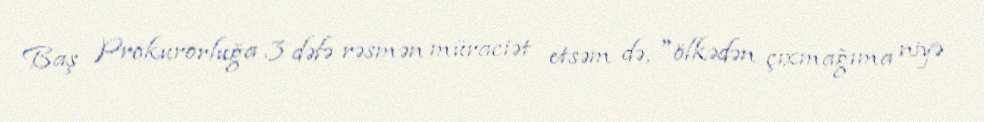
Baş Prokurorluğa 3 dəfə rəsmən müraciət etsəm də, "ölkədən çıxmağıma niyə